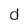
Character: d